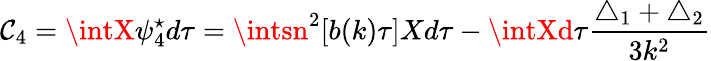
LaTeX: \mathcal{C}_{4}=\intX\psi_{4}^{\star}d\tau=\intsn^{2}[b(k)\tau]Xd\tau-\intXd\tau\frac{{\triangle_{1}+\triangle_{2}}}{{3k^{2}}}